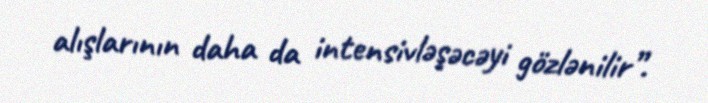
alışlarının daha da intensivləşəcəyi gözlənilir”.